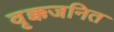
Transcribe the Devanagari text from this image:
वृक्कजनित